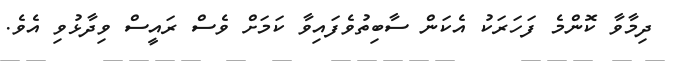
ދިމާވާ ކޮންމެ ފަހަރަކު އެކަން ސާބިތުވެފައިވާ ކަމަަށް ވެސް ރައީސް ވިދާޅުވި އެވެ.